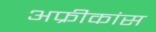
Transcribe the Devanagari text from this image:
अफ्रीकांस